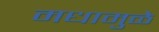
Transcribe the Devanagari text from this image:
मधामुळे